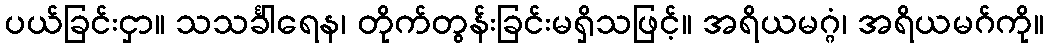
ပယ်ခြင်းငှာ။ သသင်္ခါရေန၊ တိုက်တွန်းခြင်းမရှိသဖြင့်။ အရိယမဂ္ဂံ၊ အရိယမဂ်ကို။